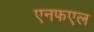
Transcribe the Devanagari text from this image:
एनफएल